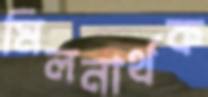
মিলনার্থক